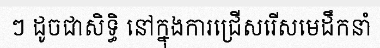
ៗ ដូចជាសិទ្ធិ នៅក្នុងការជ្រើសរើសមេដឹកនាំ